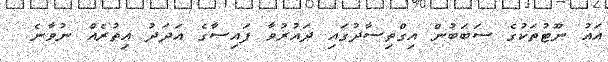
އައު ނޫޓުތަކުގެ ސަބަބުން އިގްތިސާދުގައި ދައުރުވާ ފައިސާގެ އަދަދު އިތުރެއް ނުވާނެ